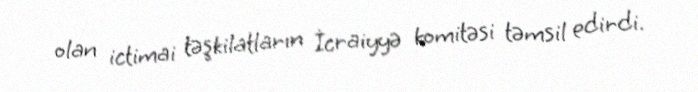
olan ictimai təşkilatların İcraiyyə komitəsi təmsil edirdi.